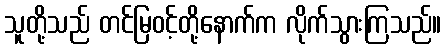
သူတို့သည် တင်မြဝင့်တို့နောက်က လိုက်သွားကြသည်။